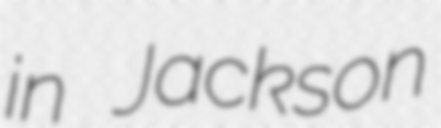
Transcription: in Jackson